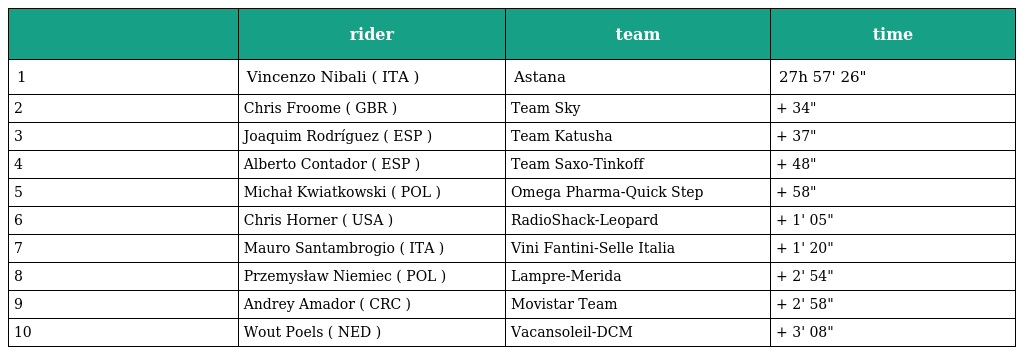
|  | rider | team | time |
 | --- | --- | --- | --- |
 | 1 | Vincenzo Nibali ( ITA ) | Astana | 27h 57' 26" |
 | 2 | Chris Froome ( GBR ) | Team Sky | + 34" |
 | 3 | Joaquim Rodríguez ( ESP ) | Team Katusha | + 37" |
 | 4 | Alberto Contador ( ESP ) | Team Saxo-Tinkoff | + 48" |
 | 5 | Michał Kwiatkowski ( POL ) | Omega Pharma-Quick Step | + 58" |
 | 6 | Chris Horner ( USA ) | RadioShack-Leopard | + 1' 05" |
 | 7 | Mauro Santambrogio ( ITA ) | Vini Fantini-Selle Italia | + 1' 20" |
 | 8 | Przemysław Niemiec ( POL ) | Lampre-Merida | + 2' 54" |
 | 9 | Andrey Amador ( CRC ) | Movistar Team | + 2' 58" |
 | 10 | Wout Poels ( NED ) | Vacansoleil-DCM | + 3' 08" |